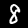
Digit: 8